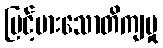
မြင့်မားသောတိကျမှု